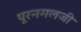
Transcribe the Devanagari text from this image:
पूरनमलजी